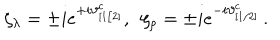
LaTeX: \zeta _ { \lambda } = \pm i e ^ { + i \vartheta _ { [ 1 / 2 ] } ^ { c } } , \, \, \, \zeta _ { \rho } = \pm i e ^ { - i \vartheta _ { [ 1 / 2 ] } ^ { c } } \, .